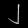
Digit: ၂